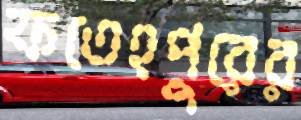
ফতেহপুরের